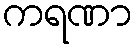
ကရဏာ